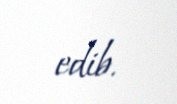
edib.